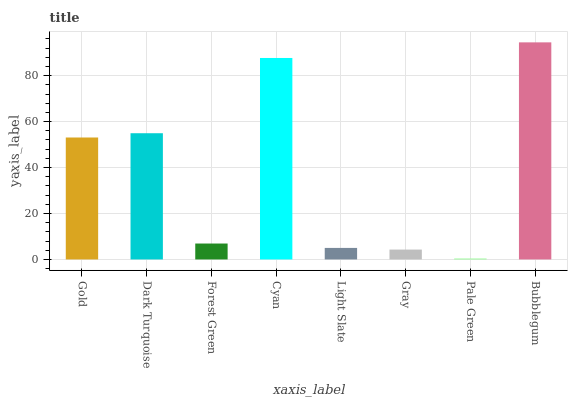
| xaxis_label | bars |
 | --- | --- |
 | Gold | 53.1 |
 | Dark Turquoise | 54.9 |
 | Forest Green | 6.93 |
 | Cyan | 87.7 |
 | Light Slate | 5.02 |
 | Gray | 4.3 |
 | Pale Green | 0.412 |
 | Bubblegum | 94.5 |